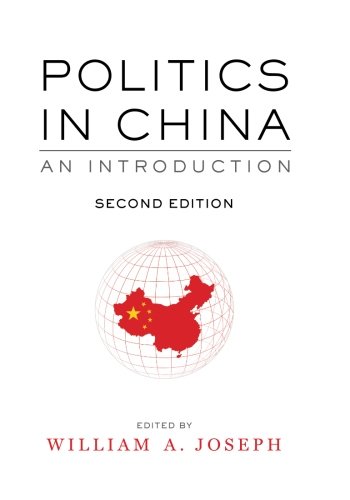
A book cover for Politics in China: An Introduction, Second Edition; Law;